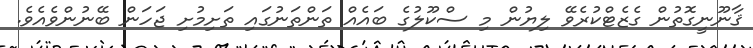
ޤާނޫނީގޮތުން ގެޒެޓްކުރެވޭ ލިޔުން މި ސްކޫލުގެ ބައެއް ތަންތަނުގައި ތަށިމުށި ޖަހަން ބޭނުންވެއެވެ.